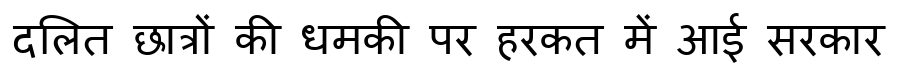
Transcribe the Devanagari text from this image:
दलित छात्रों की धमकी पर हरकत में आई सरकार